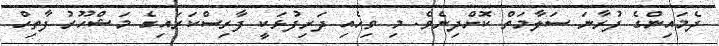
ދެމައިންގެ ފުރާނަ ސަލާމަތް ކޮށްދިނެވެ. މި ވިހެއި ދަރިފުޅަކީ ފާރިސްކަރައިގެ މަޝްހޫރު ފާތިހް